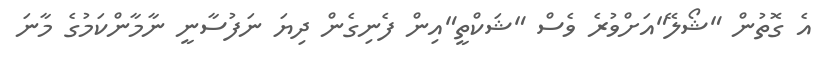
އެ ގޮތުން "ޝޯލޭ"އަށްވުރެ ވެސް "ޝަކްތީ"އިން ފެނިގެން ދިޔަ ނަފުސާނީ ނާމާންކަމުގެ މާނަ